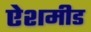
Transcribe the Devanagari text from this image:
ऐशमीड